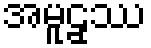
အမူဠှဿ